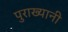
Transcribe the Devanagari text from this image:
पुराख्यानी